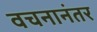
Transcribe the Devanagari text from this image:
वचनानंतर